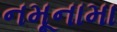
નમૂનામા